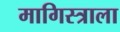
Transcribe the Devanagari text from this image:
मागिस्त्राला